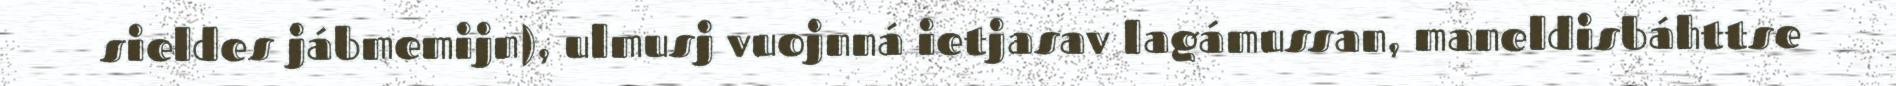
sieldes jábmemijn), ulmusj vuojnná ietjasav lagámussan, maneldisbáhttse